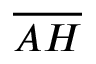
\overline { { A H } }